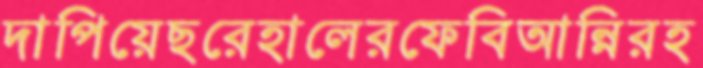
দাপিয়েছরেহালেরফেবিআন্নিরহ